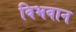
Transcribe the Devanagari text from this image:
विभवान